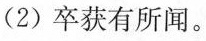
(2) 卒获有所闻。